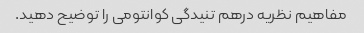
مفاهیم نظریه درهم تنیدگی کوانتومی را توضیح دهید.